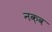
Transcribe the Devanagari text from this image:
नक़व